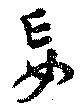
妄